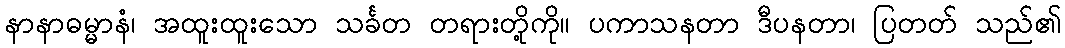
နာနာဓမ္မာနံ၊ အထူးထူးသော သင်္ခတ တရားတို့ကို။ ပကာသနတာ ဒီပနတာ၊ ပြတတ် သည်၏